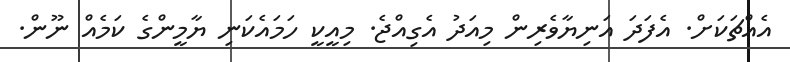
އެއްޗަކަށް. އެފަދަ އަނިޔާވެރިން މިއަދު އެގިއްޖެ. މިއީކީ ހަމައެކަނި ޔާމީންގެ ކަމެއް ނޫން.